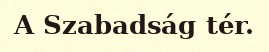
A Szabadság tér.